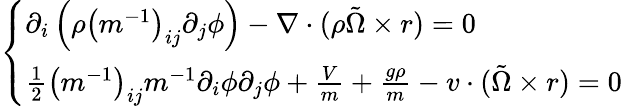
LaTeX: \left\{ \begin{array}{l}{\partial_{i}\left(\rho\left(m^{-1}\right)_{ij}\partial_{j}\phi\right)-\nabla\cdot(\rho\tilde{\Omega}\times r)=0}\\ {\frac{1}{2}\left(m^{-1}\right)_{ij}m^{-1}\partial_{i}\phi\partial_{j}\phi+\frac{V}{m}+\frac{g\rho}{m}-v\cdot(\tilde{\Omega}\times r)=0}\end{array}\right.